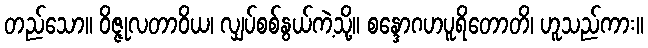
တည်သော။ ဝိဇ္ဇုလတာဝိယ၊ လျှပ်စစ်နွယ်ကဲ့သို့။ စန္ဒောဂဟပူရိတောတိ၊ ဟူသည်ကား။